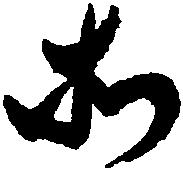
所